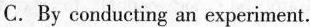
C.By conducting an experiment.